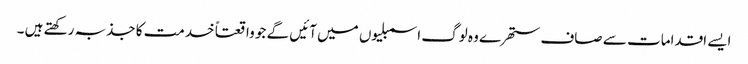
ایسے اقدامات سے صاف ستھرے وہ لوگ اسمبلیوں میں آئیں گے جو واقعتاً خدمت کا جذبہ رکھتے ہیں ۔